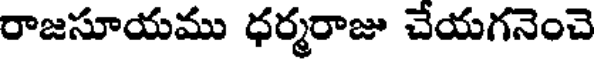
రాజసూయము ధర్మరాజు చేయగనెంచె